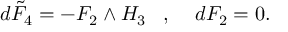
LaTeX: d \tilde { F } _ { 4 } = - F _ { 2 } \wedge H _ { 3 } \; \; \; , \; \; \; \; d F _ { 2 } = 0 .